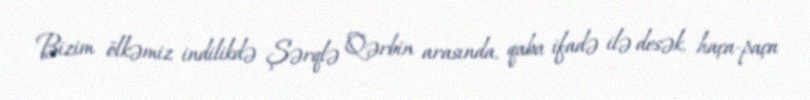
Bizim ölkəmiz indilikdə Şərqlə Qərbin arasında, qaba ifadə ilə desək, haça-paça